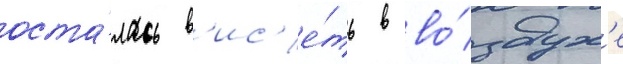
оста́лась в'ис'е́ть в во́здух'е